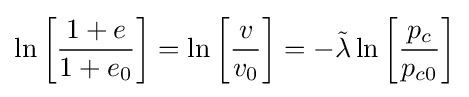
\ln \left[{\frac {1+e}{1+e_{0}}}\right]=\ln \left[{\frac {v}{v_{0}}}\right]=-{\tilde {\lambda }}\ln \left[{\frac {p_{c}}{p_{c0}}}\right]